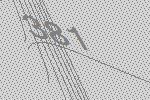
381